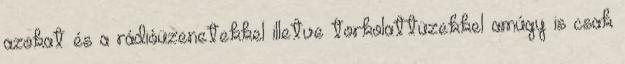
azokat és a rádióüzenetekkel illetve torkolattüzekkel amúgy is csak